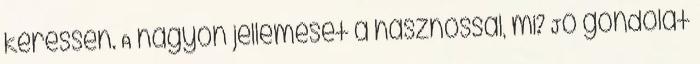
keressen. A nagyon jellemeset a hasznossal, mi? Jó gondolat